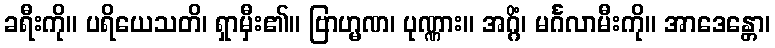
ခရီးကို။ ပရိယေသတိ၊ ရှာမှီး၏။ ဗြာဟ္မဏ၊ ပုဏ္ဏား။ အဂ္ဂိံ၊ မင်္ဂလာမီးကို။ အာဒေန္တော၊